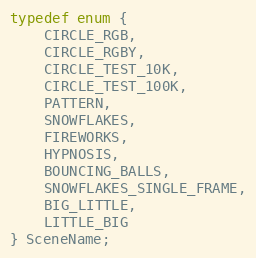
Language: C
typedef enum {
    CIRCLE_RGB,
    CIRCLE_RGBY,
    CIRCLE_TEST_10K,
    CIRCLE_TEST_100K,
    PATTERN,
    SNOWFLAKES,
    FIREWORKS,
    HYPNOSIS,
    BOUNCING_BALLS,
    SNOWFLAKES_SINGLE_FRAME,
    BIG_LITTLE,
    LITTLE_BIG
} SceneName;